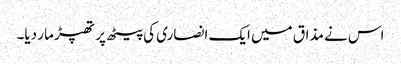
اس نے مذاق میں ایک انصاری کی پیٹھ پر تھپڑ مار دیا۔